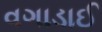
વગાડાઈ